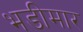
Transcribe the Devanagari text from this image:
भडीमार